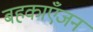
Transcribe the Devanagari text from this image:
बहकाएँजन